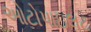
ઓટોપાઇલટ